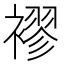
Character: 𮖮